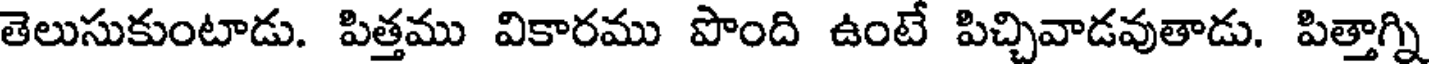
తెలుసుకుంటాడు. పిత్తము వికారము పొంది ఉంటే పిచ్చివాడవుతాడు. పిత్తాగ్ని